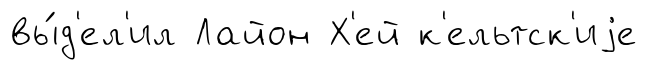
вы́д'ел'ил Лайон Х'ей к'ельтск'иjе